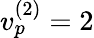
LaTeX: v_{p}^{(2)}=2